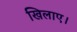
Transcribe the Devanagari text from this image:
खिलाए।